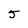
Character: 5